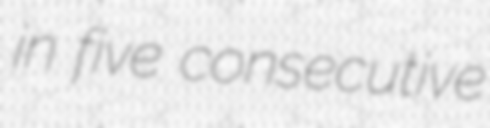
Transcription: in five consecutive